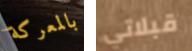
بالمعركة قبلاتي